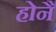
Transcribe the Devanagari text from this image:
होनै